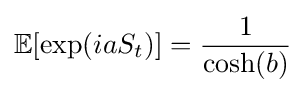
\mathbb {E} [\exp(iaS_{t})]={\frac {1}{\cosh(b)}}